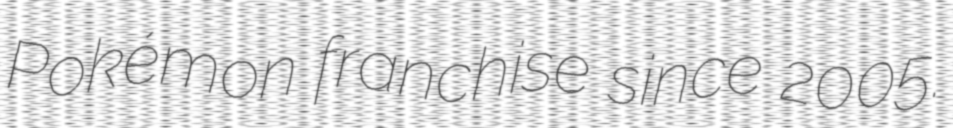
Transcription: Pokémon franchise since 2005.